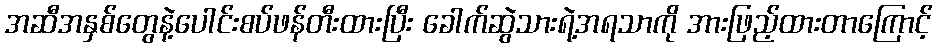
အဆီအနှစ်တွေနဲ့ပေါင်းစပ်ဖန်တီးထားပြီး ခေါက်ဆွဲသားရဲ့အရသာကို အားဖြည့်ထားတာကြောင့်